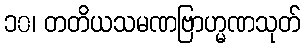
၁၀၊ တတိယသမဏဗြာဟ္မဏသုတ်